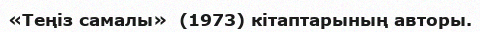
«Теңіз самалы»  (1973) кітаптарының авторы.